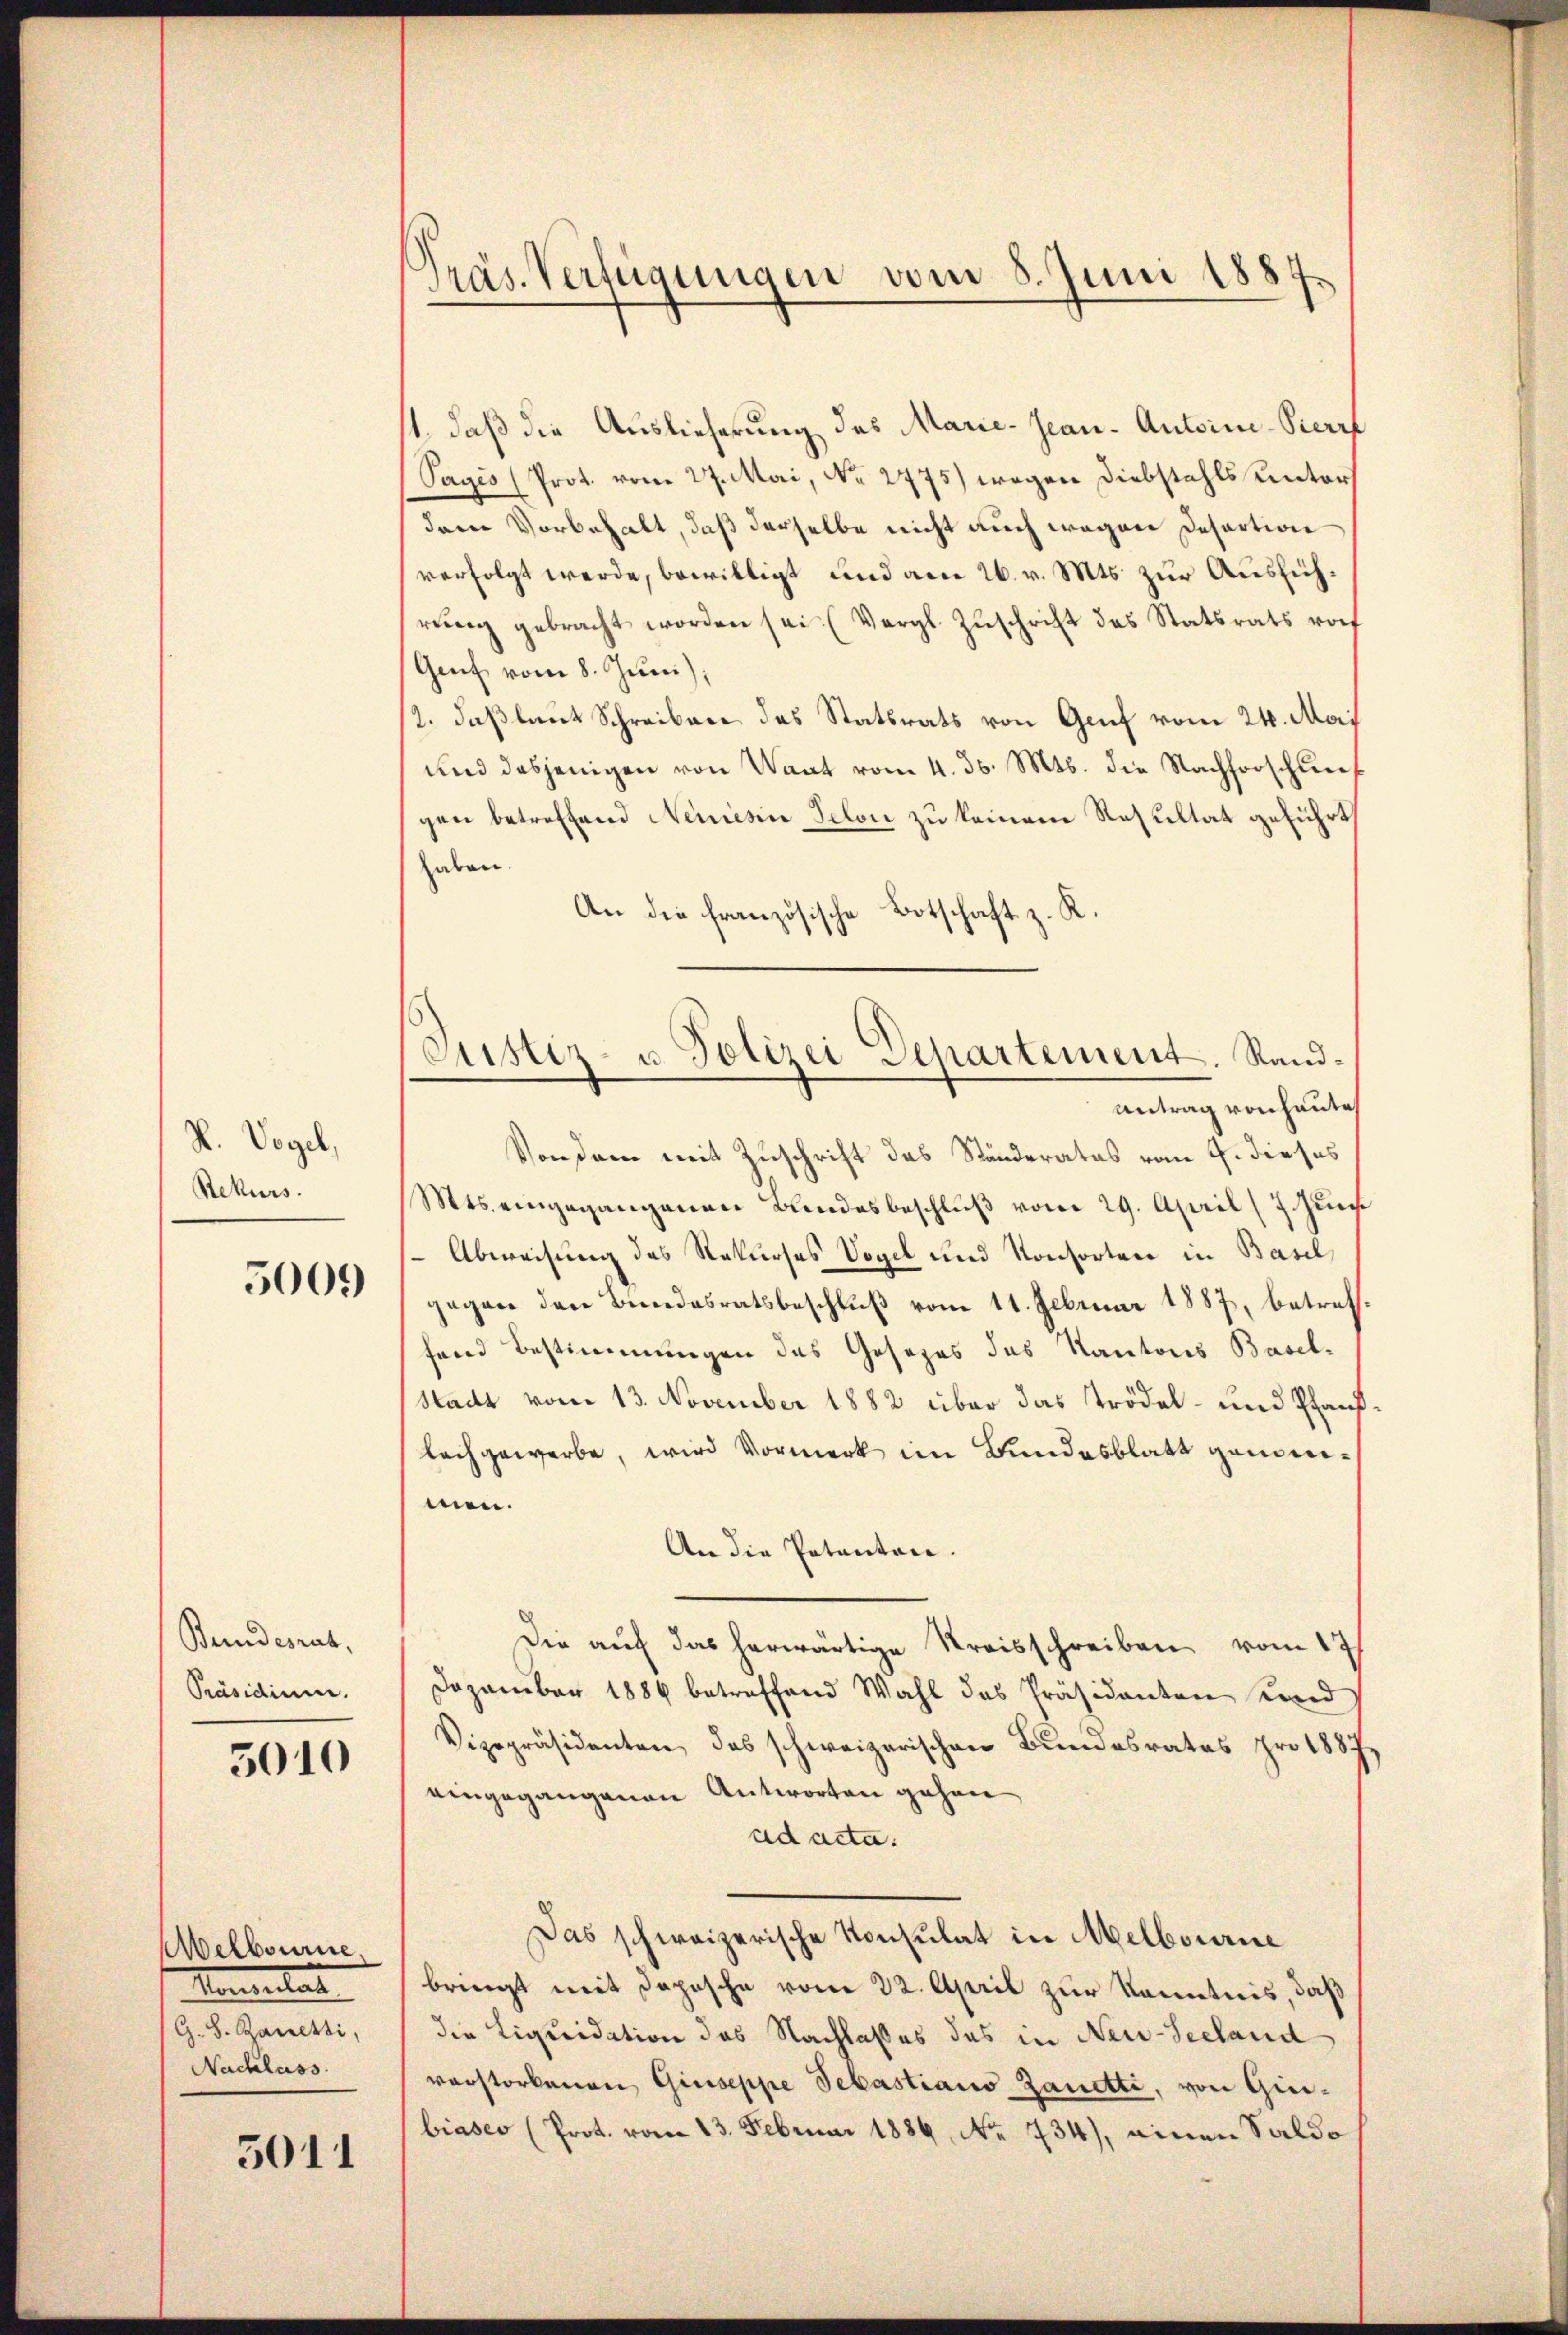
L. Vogel,
Rekurs.

5000

Bundesrat,
Präsidium.

3010

Melbourne.
Mantentat
(G. S. Ganzessi,
Nachlass

5011

Präs. Verfügungen vom 8. Juni 1884
¬

1., daß die Auslieferung des Marie-Geau. Antoine-Pierrf
Tages (Prot. vom 27. Mai, No 2775) wegen Diebstahls unters
dem Vorbehalt, daß derselbe nicht auch wegen Desartion
verfolgt werde, bewilligt und am 26. v. Mts. zur Ausführŭng gebracht worden sei. (Vergl. Zŭschrift das Statsrats vo
Genf vom 8. Juni)
12. daß laut Schreiben das Statsrats von Genf vom 24. Mari
und dasjenigen von Waat vom 4. ds. Mts. die Nachforschungen betreffend Neuesin selon zu keinem Resultat geführt,
haben.
An die französische Botschaft z. R.
Von dem mit Zuschrift das Ständerates vom 4. dieses
Mts. eingegangenen Bundesbeschluß vom 29. April (7 Jun
 Abweisung des Rekurses Vogel und Konsorten in Basel,
gegen den Bundesratsbeschluß vom 11. Februar 1887, betrefffend Bestimmungen des Gesezes des Kantons Basel-
Stadt vom 13. November 1882 über das trödel- und Pfandlachgewerbe, wird Vormerk im Bundesblatt genomeimen.
An die Potanton.
Die auf das herwärtige Kreisschreiben vom 17
Dezember 1886 betreffend Wahl des Präsidenten und
Vizepräsidenten, das schweizerischen Bundesrates pro 1887
eingegangenen Antworten gehen
ad acta
Das schweizerische Konsulat in Melbourne
bringt mit Depesche vom 22. April zur Kenntnis, daß
die Liquidation des Nachlasses das in Neu-Seeland
vorstorbenen Giuseppe Sebastiano Zanetti, von Giebiasco (Prot. vom 13. Februar 1886, No. 734), einen Saldo

Justiz- u. Polizei Departement. Sand¬
.
Antrag von heute